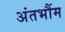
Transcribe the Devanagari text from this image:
अंतभौंम